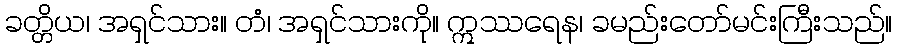
ခတ္တိယ၊ အရှင်သား။ တံ၊ အရှင်သားကို။ ဣဿရေန၊ ခမည်းတော်မင်းကြီးသည်။